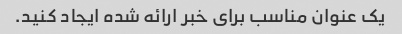
یک عنوان مناسب برای خبر ارائه شده ایجاد کنید.